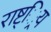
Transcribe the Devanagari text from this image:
राष्ट््रिय